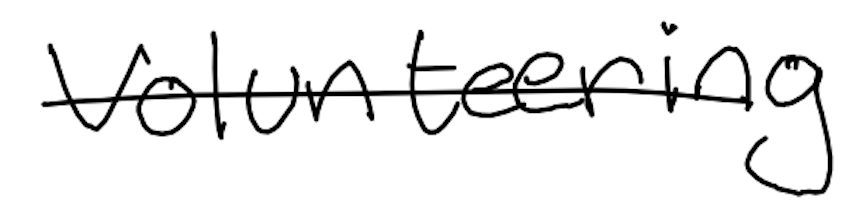
Text: volunteering
Cross-out: single-line
Writing tool: digital_black